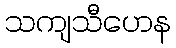
သကျသီဟေန